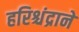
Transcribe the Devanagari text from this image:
हरिश्चंद्राने